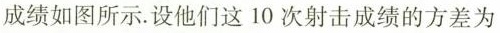
成绩如图所示。设他们这10次射击成绩的方差为